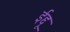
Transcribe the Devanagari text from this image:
ईद्दू